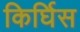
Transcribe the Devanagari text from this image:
किर्घिस